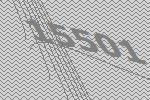
15501